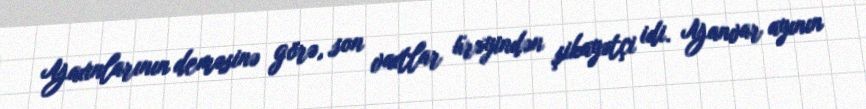
Yaxınlarının deməsinə görə, son vaxtlar ürəyindən şikayətçi idi. Yanvar ayının